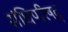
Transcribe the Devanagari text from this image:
संधिपरिषद्